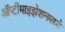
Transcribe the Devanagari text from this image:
ऑप्टीमाइझेशनमध्ये